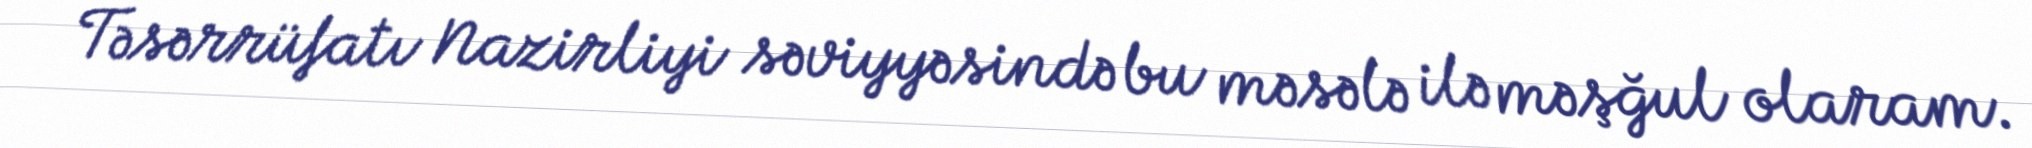
Təsərrüfatı Nazirliyi səviyyəsində bu məsələ ilə məşğul olaram.